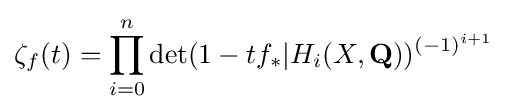
\zeta _{f}(t)=\prod _{i=0}^{n}\det(1-tf_{\ast }|H_{i}(X,\mathbf {Q} ))^{(-1)^{i+1}}